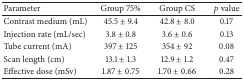
<table><thead><tr><td><b>Parameter</b></td><td><b>Group 75%</b></td><td><b>Group CS</b></td><td><b><i>p</i> value</b></td></tr></thead><tbody><tr><td>Contrast medium (mL)</td><td>45.5 ± 9.4</td><td>42.8 ± 8.0</td><td>0.17</td></tr><tr><td>Injection rate (mL/sec)</td><td>3.8 ± 0.8</td><td>3.6 ± 0.6</td><td>0.13</td></tr><tr><td>Tube current (mA)</td><td>397 ± 125</td><td>354 ± 92</td><td>0.08</td></tr><tr><td>Scan length (cm)</td><td>13.1 ± 1.3</td><td>12.9 ± 1.2</td><td>0.47</td></tr><tr><td>Effective dose (mSv)</td><td>1.87 ± 0.75</td><td>1.70 ± 0.66</td><td>0.28</td></tr></tbody></table>